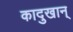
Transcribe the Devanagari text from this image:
कादुखान्